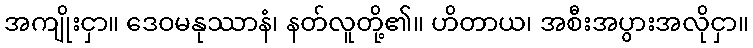
အကျိုးငှာ။ ဒေဝမနုဿာနံ၊ နတ်လူတို့၏။ ဟိတာယ၊ အစီးအပွားအလိုငှာ။